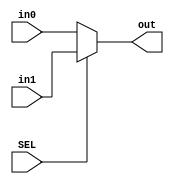
module mux_addr (
	// Input signals
	input [3:0] in0,
	input [3:0] in1,
	// Selector
	input SEL,
	// Output signals
	output reg [3:0] out
	);
	
	always @(*)
		begin
			if (SEL)
				out <= in1;
			else
				out <= in0;
		end

endmodule